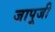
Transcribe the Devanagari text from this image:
जापूजी